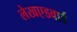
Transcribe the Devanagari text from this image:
लेखएडवार्ड